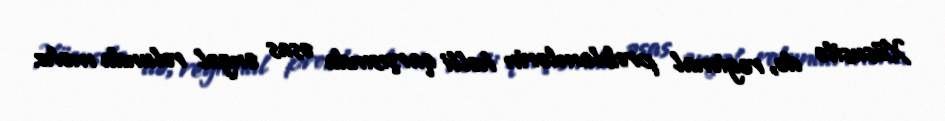
Xüsusilə də, regional problemlərin həlli qarşısında əsas əngəl rolunda məhz